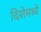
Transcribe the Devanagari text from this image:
दिशेमध्ये